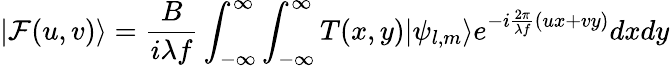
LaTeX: {\left|{\mathcal{F}}(u,v)\right\rangle}=\frac{B}{i\lambda f}\int_{-\infty}^{\infty}\int_{-\infty}^{\infty}T(x,y){\left|{\psi_{l,m}}\right\rangle}e^{-i\frac{2\pi}{\lambda f}(ux+vy)}dxdy